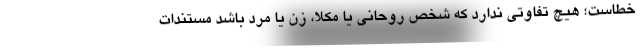
خطاست؛ هیچ تفاوتی ندارد که شخص روحانی یا مکلا، زن یا مرد باشد مستندات